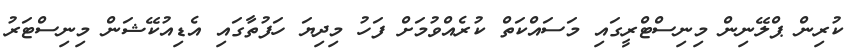
ކުރިން ޕްލޭނިން މިނިސްޓްރީގައި މަސައްކަތް ކުރެއްވުމަށް ފަހު މިދިޔަ ހަފުތާގައި އެޑިއުކޭޝަން މިނިސްޓަރު